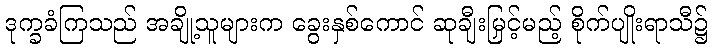
ဒုက္ခခံကြသည် အချို့သူများက ခွေးနှစ်ကောင် ဆုချီးမြှင့်မည့် စိုက်ပျိုးရာသီ၌